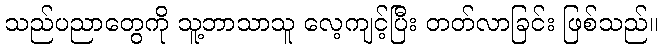
သည်ပညာတွေကို သူ့ဘာသာသူ လေ့ကျင့်ပြီး တတ်လာခြင်း ဖြစ်သည်။